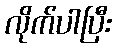
လိုက်ပါပြီး